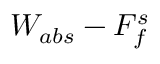
W _ { a b s } - F _ { f } ^ { s }